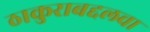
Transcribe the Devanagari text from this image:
ठाकुराबद्दलचा